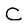
Character: C